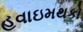
હવાઇમથકો